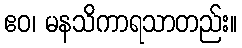
ဧဝ၊ မနသိကာရသာတည်း။